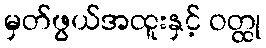
မှတ်ဖွယ်အထူးနှင့် ဝတ္ထု